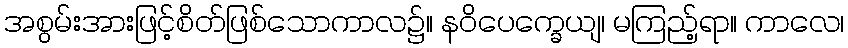
အစွမ်းအားဖြင့်စိတ်ဖြစ်သောကာလ၌။ နဝိပေက္ခေယျ၊ မကြည့်ရာ။ ကာလေ၊